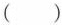
( )